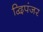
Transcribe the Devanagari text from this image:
द्विपंजर